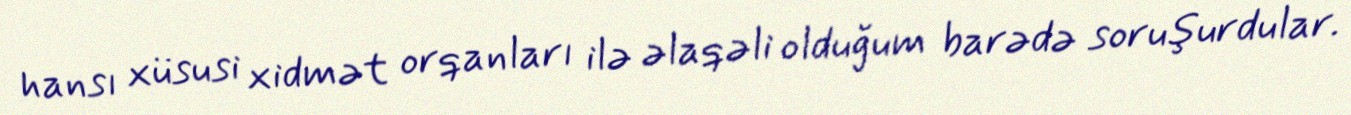
hansı xüsusi xidmət orqanları ilə əlaqəli olduğum barədə soruşurdular.